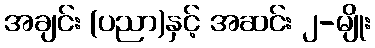
အချင်း (ပညာ)နှင့် အဆင်း ၂-မျိုး